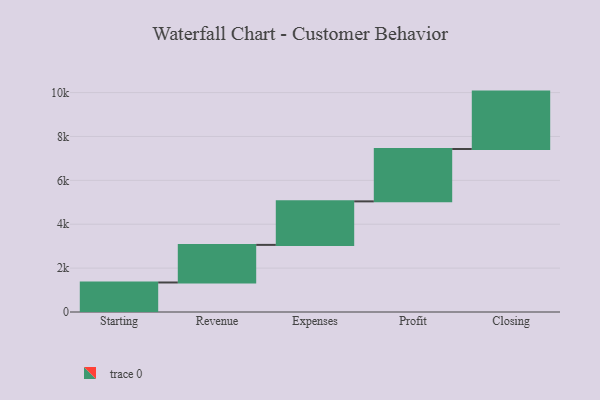
{"axis": {"x": "Step", "y": "Value"}, "legend": [""], "data": [{"x": "Starting", "y": 1345.0, "type": ""}, {"x": "Revenue", "y": 1714.0, "type": ""}, {"x": "Expenses", "y": 1983.0, "type": ""}, {"x": "Profit", "y": 2388.0, "type": ""}, {"x": "Closing", "y": 2615.0, "type": ""}]}